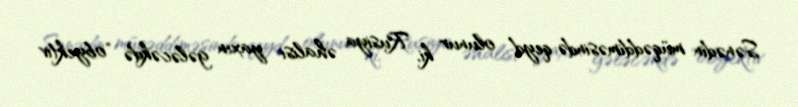
Sənədin müqəddiməsində qeyd olunur ki, Rusiya əhalisi yaxın gələcəkdə "obyektiv